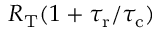
R _ { \mathrm { T } } ( 1 + { \tau _ { \mathrm { r } } } / { \tau _ { \mathrm { c } } } )